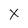
Character: X